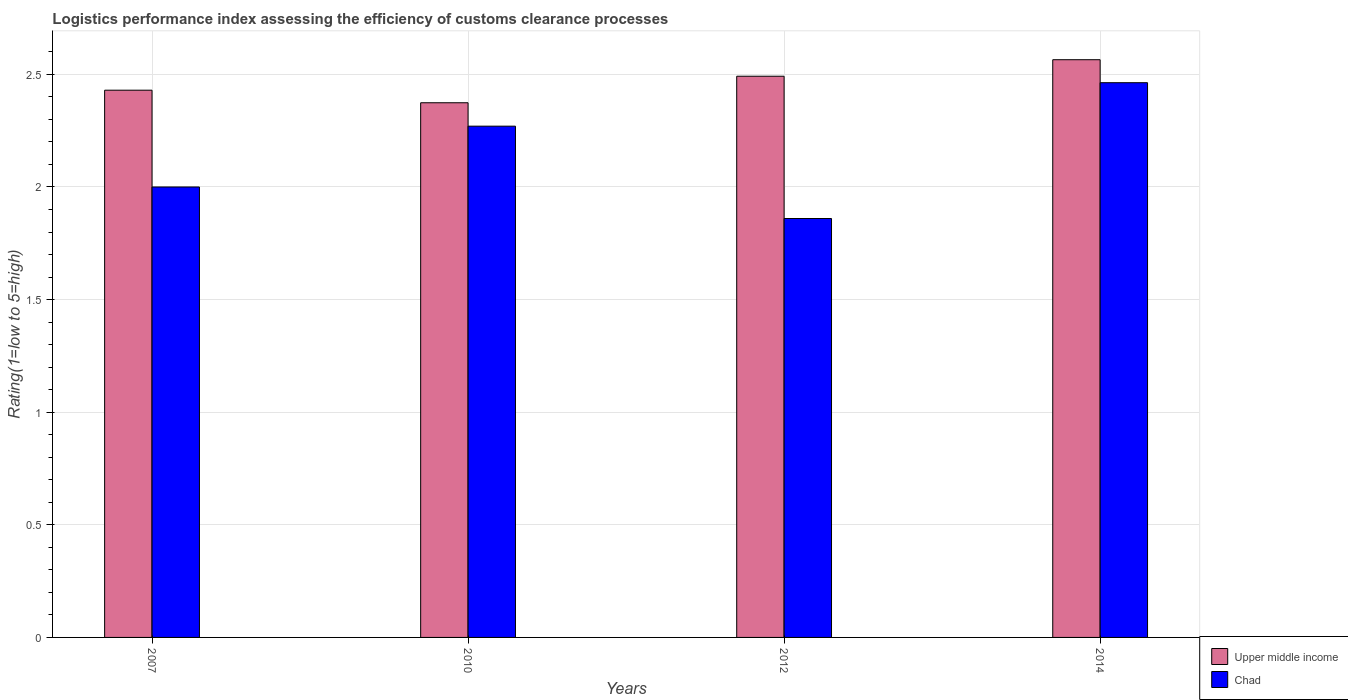
| Years | Upper middle income | Chad |
 | --- | --- | --- |
 | 2007 | 2.43 | 2 |
 | 2010 | 2.37 | 2.27 |
 | 2012 | 2.49 | 1.86 |
 | 2014 | 2.57 | 2.46 |